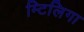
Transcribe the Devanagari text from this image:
म्टिलिगा